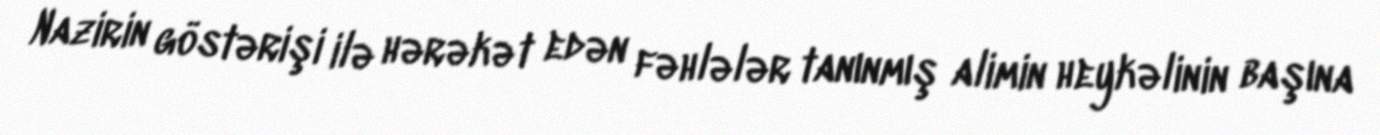
Nazirin göstərişi ilə hərəkət edən fəhlələr tanınmış alimin heykəlinin başına